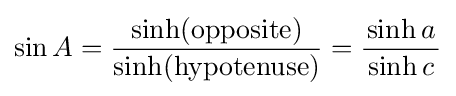
\sin A={\frac {\textrm {sinh(opposite)}}{\textrm {sinh(hypotenuse)}}}={\frac {\sinh a}{\,\sinh c\,}}